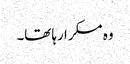
وہ مسکرا رہا تھا۔